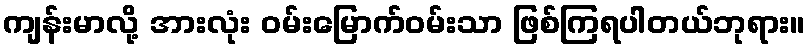
ကျန်းမာလို့ အားလုံး ဝမ်းမြောက်ဝမ်းသာ ဖြစ်ကြရပါတယ်ဘုရား။